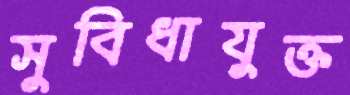
সুবিধাযুক্ত